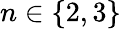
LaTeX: n\in\{ 2,3\}